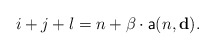
\begin{align*}i+j+l=n+\beta\cdot \mathsf{a}(n,\mathbf{d}).\end{align*}